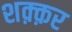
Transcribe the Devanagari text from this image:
शक़्क़र